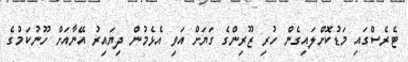
ޓެރެސްގައި މަޑުކޮށްލައިގެން ހުރި ޒޫރިންގެ ގަޔަށް އަވި އެޅެމުން ދިޔައިރު އޭނާއަށް ހޫނުކަމުގެ